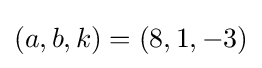
(a,b,k)=(8,1,-3)